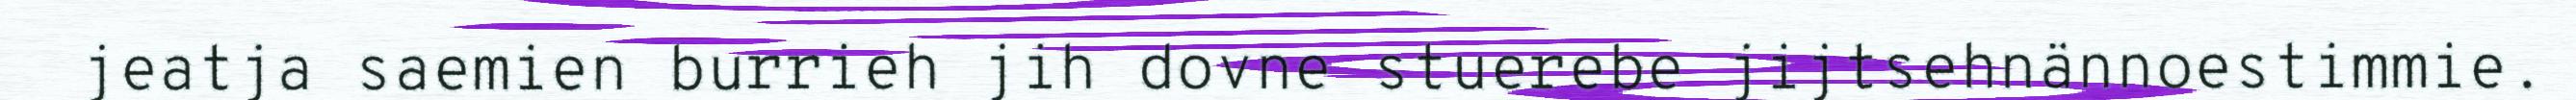
jeatja saemien burrieh jih dovne stuerebe jijtsehnännoestimmie.